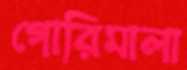
গোরিমালা